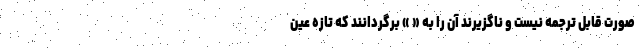
صورت قابل ترجمه نیست و ناگزیرند آن را به « » برگردانند که تازه عین